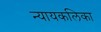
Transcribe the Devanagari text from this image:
न्यायकलिका